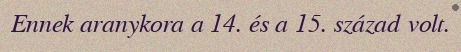
Ennek aranykora a 14. és a 15. század volt.